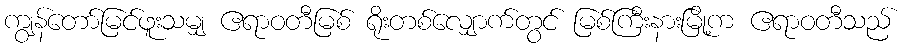
ကျွန်တော်မြင်ဖူးသမျှ ဧရာဝတီမြစ် ရိုးတစ်လျှောက်တွင် မြစ်ကြီးနားမြို့က ဧရာဝတီသည်